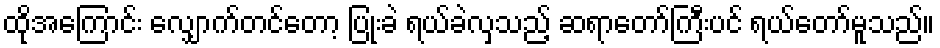
ထိုအကြောင်း လျှောက်တင်တော့ ပြုံးခဲ ရယ်ခဲလှသည့် ဆရာတော်ကြီးပင် ရယ်တော်မူသည်။